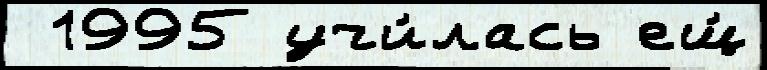
 1995 учи́лась ещ́